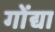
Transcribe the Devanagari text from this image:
गोंद्या